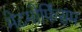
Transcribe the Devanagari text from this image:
मेटमोर्फिसम